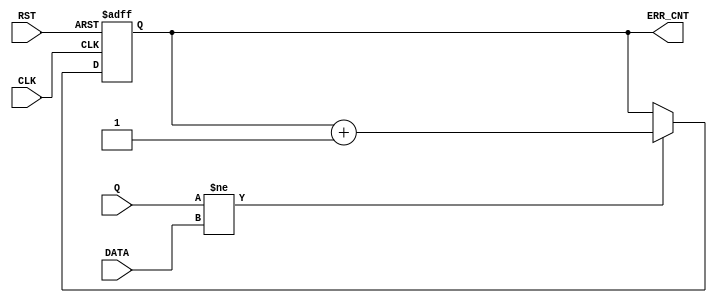
module LS_CNT(
	input CLK,
	input RST, // Active High
	input Q, // Output from TestChip
	input DATA, // Output from Data Gen (Same value that is inputted to Q before being outputted)
	output reg [11:0] ERR_CNT, // Count anytime that Q != DATA
	//output reg comp_out // Real Time Comparision Value (Pointless because it is unused)
	);
/*	
reg [5:0] comp; // Push/Pop Register
reg comp_en;
reg pulse_delay;
reg pulse;
reg comp_start;
reg comp_in_pulse;

always @ (posedge CLK or posedge RST) // push Q to comp buffer and pop MSB off the buffer or reset comp buffer 
	if (RST)
		comp <= 6'b000000;
	else
		comp <= {comp[4:0], Q}; // Pushes out the MSB and Pushes in the new input

assign comp_in_pulse = comp[1] & ~comp[2]; // Finding Rising Edge of The Push/Pop Register

always @ (posedge CLK or posedge RST) // enable compare on pulse
	if (RST)
		comp_en <= 1'b0;
	else if (comp_in_pulse)
		comp_en <= 1'b1;
	else
		comp_en <= comp_en;

always @ (posedge CLK) begin // delay the pulse one and two clks
	pulse_delay <= comp_en;
	pulse <= comp_en &~ pulse_delay;
end

always @ (posedge CLK or posedge RST) // create a start signal to start the input and output comparing based on if DATA and pulse are both high
	if (RST)
		comp_start <= 1'b0;
	else if (DATA & pulse)
		comp_start <= 1'b1;
	else
		comp_start = comp_start;

always @ (posedge CLK) // if DATA and pulse are high do a comparision of DATA and Q (Check Data inputted is the same as the output)
	if (comp_start)
		comp_out <= Q ^ DATA;
	else
		comp_out <= 1'b0;

always @ (posedge CLK or posedge RST)
	if (RST)
		ERR_CNT <= 0;
	else if (comp_out == 1'b1) // if Q != DATA
		ERR_CNT <= ERR_CNT + 1;
*/

always @ (posedge CLK or posedge RST)
	if (RST)
		ERR_CNT <= 0;
	else if (Q != DATA) // if Q != DATA
		ERR_CNT <= ERR_CNT + 1;

endmodule